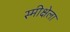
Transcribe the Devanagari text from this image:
स्मीक्षेला